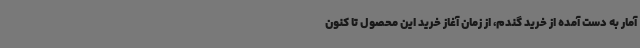
آمار به دست آمده از خرید گندم، از زمان آغاز خرید این محصول تا کنون